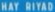
NÁH RÝDÍ